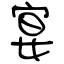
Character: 宴